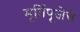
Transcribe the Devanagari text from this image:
मूर्तिपूजेचे